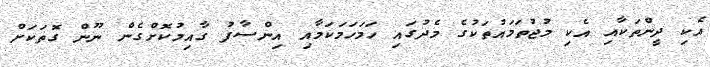
އެކި ދީންތަކާއި އެކި މުޖުތަމައުތަކުގެ މެދުގައި ހަމަހަމަކަމާއި އިންސާފު ގާއިމުކޮށްގެން ނޫން ގޮތަކަށް